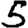
Digit: 5